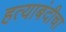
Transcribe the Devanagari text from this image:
हत्याबंदीचा